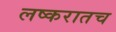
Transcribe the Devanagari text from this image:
लष्करातच